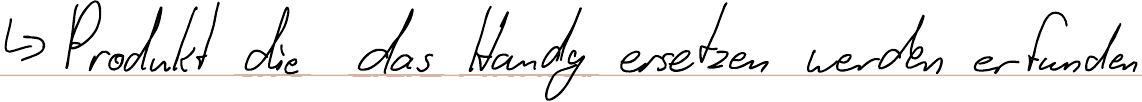
-> Produkt die das Handy ersetzen werden erfunden